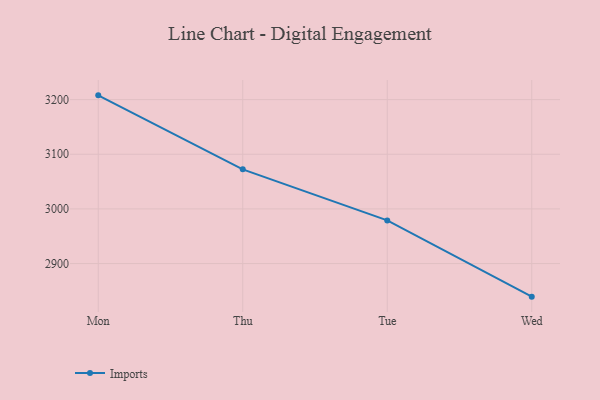
{"axis": {"x": "Day", "y": "Headcount"}, "legend": ["Imports"], "data": [{"x": "Mon", "y": 3207.8, "type": "Imports"}, {"x": "Thu", "y": 3072.4, "type": "Imports"}, {"x": "Tue", "y": 2978.9, "type": "Imports"}, {"x": "Wed", "y": 2839.4, "type": "Imports"}]}